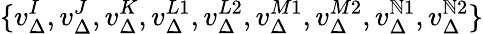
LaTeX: \{ v_{\Delta}^{I},v_{\Delta}^{J},v_{\Delta}^{K},v_{\Delta}^{L1},v_{\Delta}^{L2},v_{\Delta}^{M1},v_{\Delta}^{M2},v_{\Delta}^{\mathbb{N}1},v_{\Delta}^{\mathbb{N}2}\}